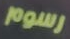
رسوم